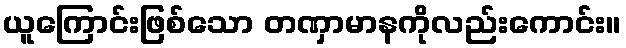
ယူကြောင်းဖြစ်သော တဏှာမာနကိုလည်းကောင်း။